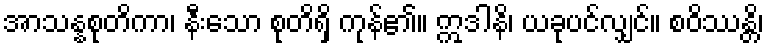
အာသန္နစုတိကာ၊ နီးသော စုတိရှိ ကုန်၏။ ဣဒါနိ၊ ယခုပင်လျှင်။ စဝိဿန္တိ၊